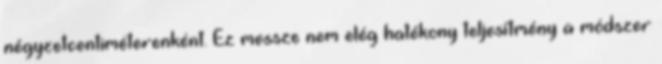
négyzetcentiméterenként. Ez messze nem elég hatékony teljesítmény a módszer